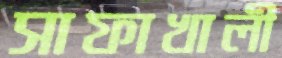
সাফাখালী